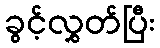
ခွင့်လွှတ်ပြီး